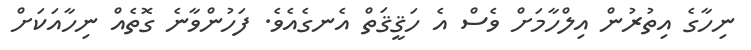
ނިހާގެ އިތުރުން އިލްހާމަށް ވެސް އެ ހަޤީޤަތް އެނގެއެވެ. ފަހުންވާނެ ގޮތެއް ނިހާއަކަށް